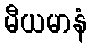
မီယမာနံ